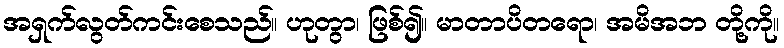
အရှက်လွတ်ကင်းစေသည်။ ဟုတွာ၊ ဖြစ်၍။ မာတာပိတရော၊ အမိအဘ တို့ကို။